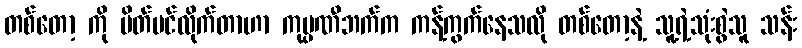
တစ်တော့ ကို ပိတ်ပင်လိုက်တာဟာ ကုမ္ပဏီဘက်က ကန့်ကွက်နေသလို တစ်တော့နဲ့ သူ့ရဲ့သုံးစွဲသူ သန်း